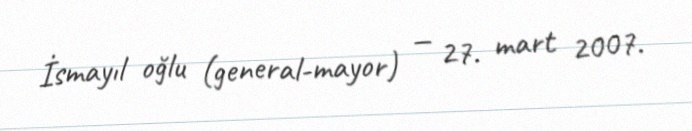
İsmayıl oğlu (general-mayor) — 27. mart 2007.